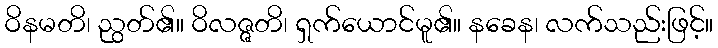
ဝိနမတိ၊ ညွတ်၏။ ဝိလဇ္ဇတိ၊ ရှက်ယောင်မူ၏။ နခေန၊ လက်သည်းဖြင့်။